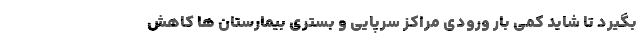
بگیرد تا شاید کمی بار ورودی مراکز سرپایی و بستری بیمارستان ها کاهش